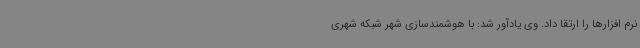
نرم افزارها را ارتقا داد. وی یادآور شد: با هوشمندسازی شهر شبکه شهری